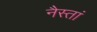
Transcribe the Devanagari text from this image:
नैस्तां